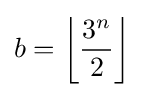
b=\left\lfloor {\frac {3^{n}}{2}}\right\rfloor